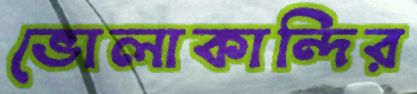
ভোলাকান্দির